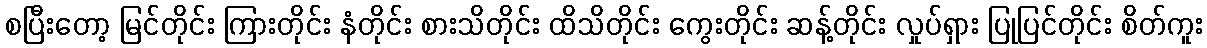
စပြီးတော့ မြင်တိုင်း ကြားတိုင်း နံတိုင်း စားသိတိုင်း ထိသိတိုင်း ကွေးတိုင်း ဆန့်တိုင်း လှုပ်ရှား ပြုပြင်တိုင်း စိတ်ကူး